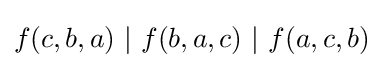
f(c,b,a)\ |\ f(b,a,c)\ |\ f(a,c,b)